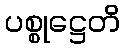
ပစ္စုဋ္ဌေတိ